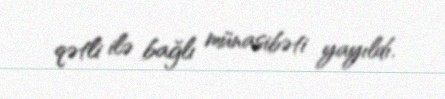
qətli ilə bağlı münasibəti yayıldı.